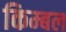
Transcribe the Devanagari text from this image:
किम्बल